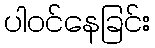
ပါဝင်နေခြင်း